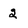
Character: 2